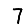
Digit: 7